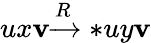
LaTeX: ux\mathbf{v}{\xrightarrow{{{R}}}{{*}}}uy\mathbf{v}